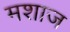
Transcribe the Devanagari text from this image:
मशाज